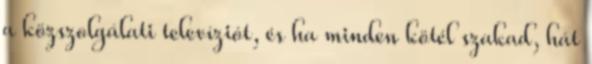
a közszolgálati televíziót, és ha minden kötél szakad, hát